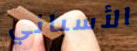
الأسباني